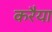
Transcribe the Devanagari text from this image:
करैया